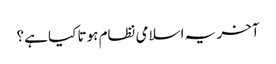
آخر یہ اسلامی نظام ہوتا کیا ہے؟